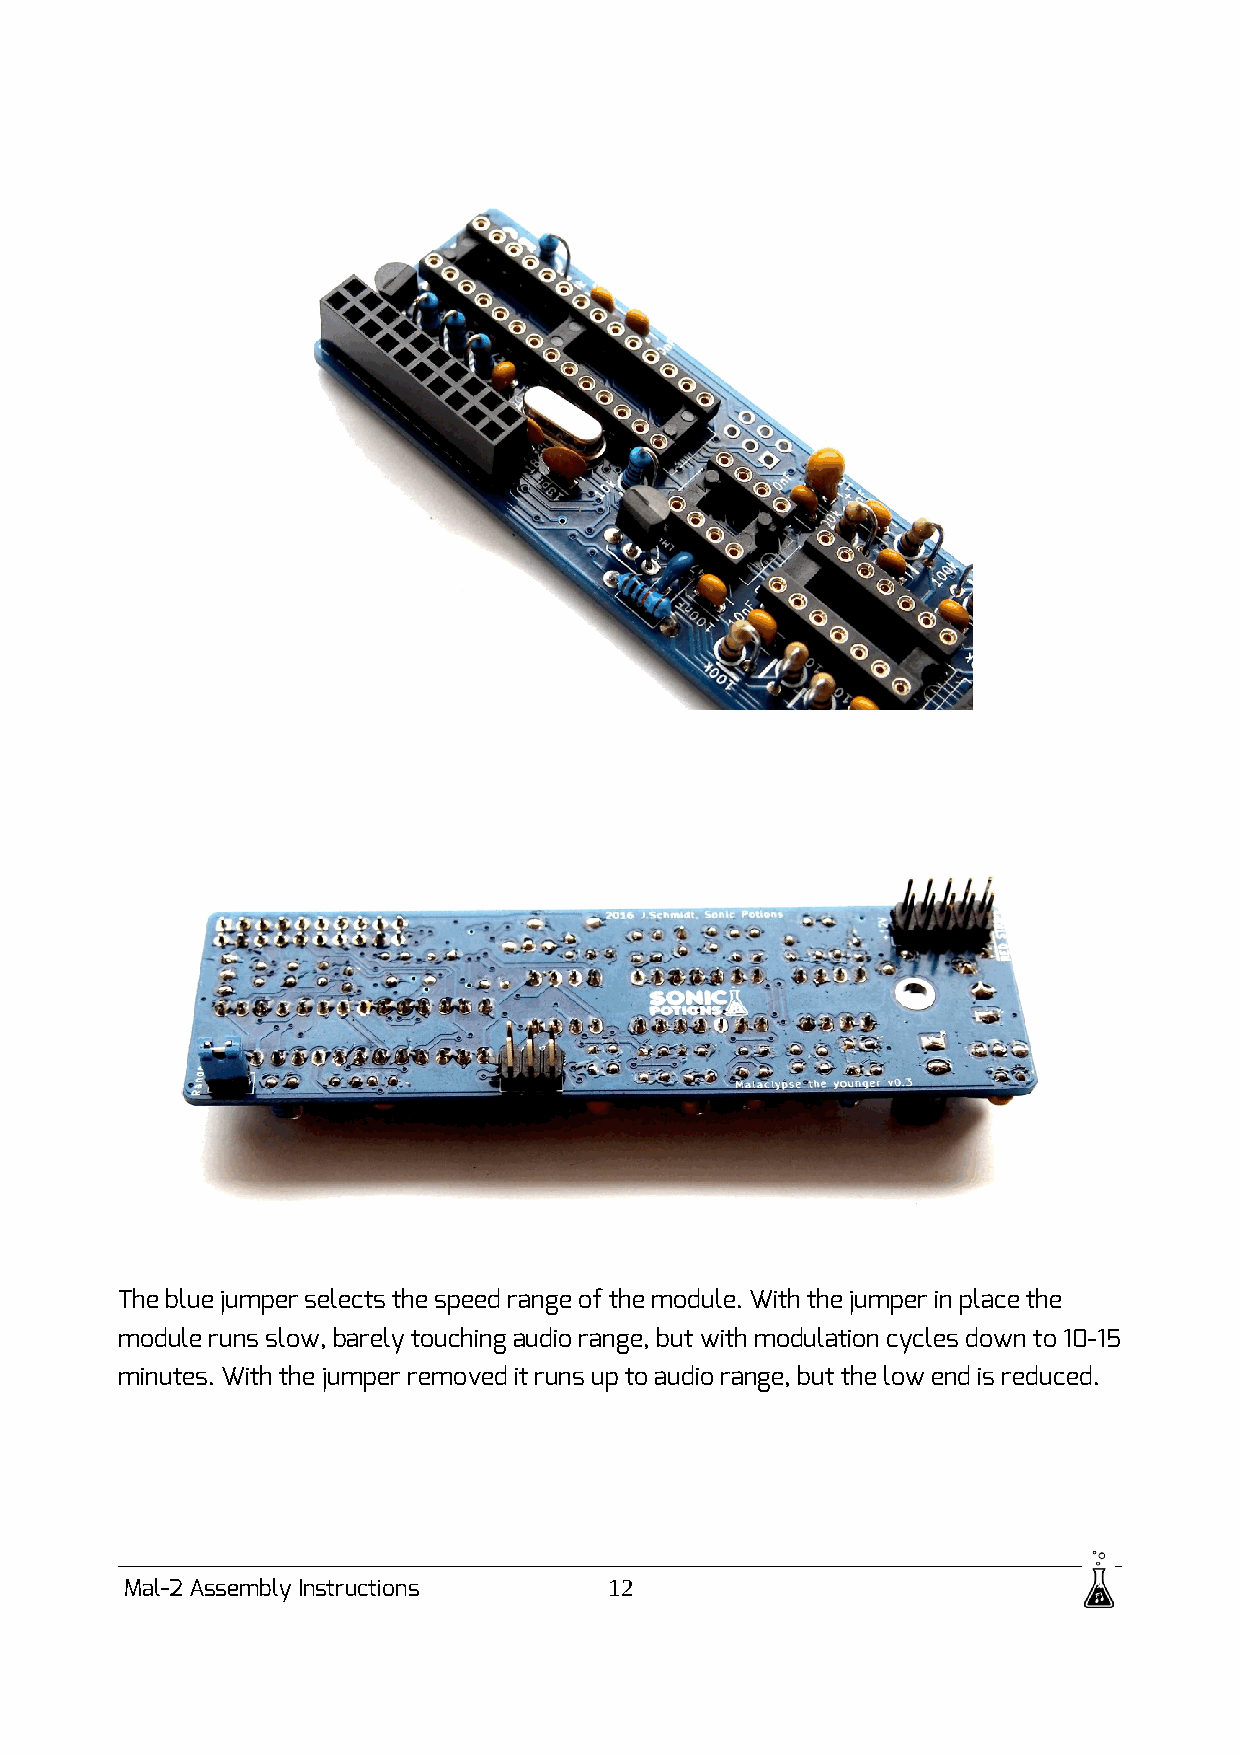
The blue jumper selects the speed range of the module. With the jumper in place the
 module runs slow, barely touching audio range, but with modulation cycles down to 10-15
 minutes. With the jumper removed it runs up to audio range, but the low end is reduced.
 Mal-2 Assembly Instructions     12